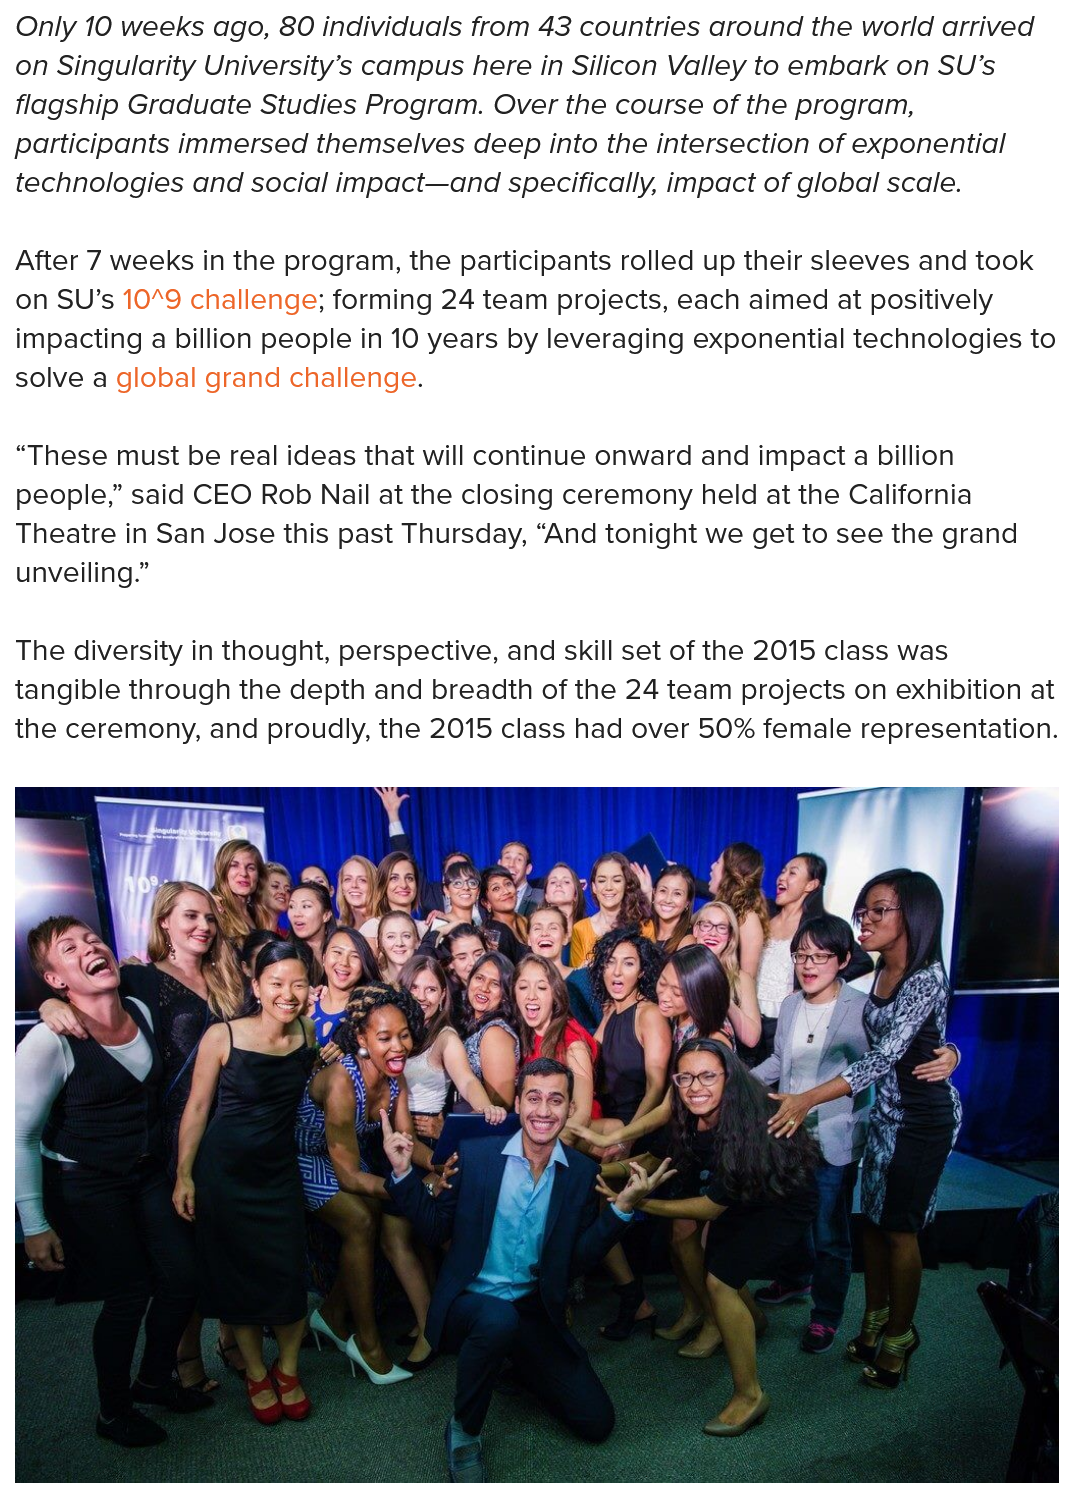
After 7 weeks in the program, the participants rolled up their sleeves and took
  on SU’s 109 challenge; forming 24 team projects, each aimed at positively
  impacting a billion people in 10 years by leveraging exponential technologies to
  solve a global grand challenge.
  “These must be real ideas that will continue onward and impact
  a
     billion
  people,” said CEO Rob Nail at the closing ceremony held at the California
  Theatre in San Jose this past Thursday, “And tonight we get to see the grand
  unveiling.”
  The diversity in thought, perspective, and skill set of the 2015 class was
  tangible through the depth and breadth of the 24 team projects on exhibition at
  the ceremony, and proudly, the 2015 class had over 50% female representation.
  Only 10 weeks ago, 80 individuals from 43 countries around the world arrived
  on Singularity University’s campus here in Silicon Valley to embark on SU’s
  flagship Graduate Studies Program. Over the course of the program,
  participants immersed themselves deep into the intersection of exponential
  technologies and social impact—and specifically, impact of global scale.